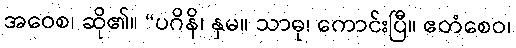
အဝေစ၊ ဆို၏။ “ပဂိနိ၊ နှမ။ သာဓု၊ ကောင်းပြီ။ ဧတံစေဝ၊